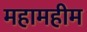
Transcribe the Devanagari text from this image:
महामहीम